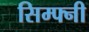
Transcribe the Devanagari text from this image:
सिम्फ्नी